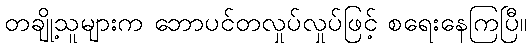
တချို့သူများက ဘောပင်တလှုပ်လှုပ်ဖြင့် စရေးနေကြပြီ။